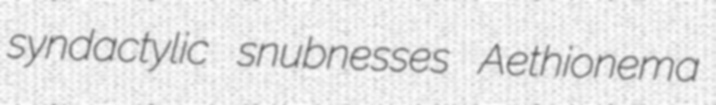
syndactylic snubnesses Aethionema